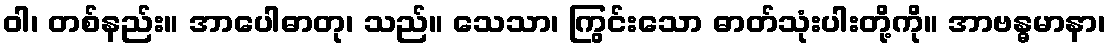
ဝါ၊ တစ်နည်း။ အာပေါဓာတု၊ သည်။ သေသာ၊ ကြွင်းသော ဓာတ်သုံးပါးတို့ကို။ အာဗန္ဓမာနာ၊